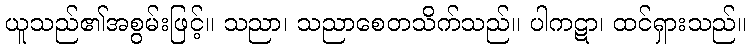
ယူသည်၏အစွမ်းဖြင့်။ သညာ၊ သညာစေတသိက်သည်။ ပါကဋာ၊ ထင်ရှားသည်။